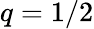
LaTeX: q=1/2